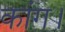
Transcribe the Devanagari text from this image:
कांग।